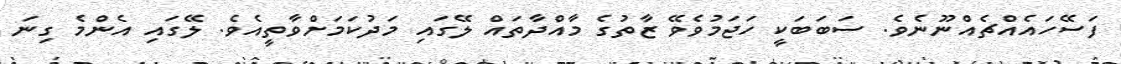
ފަސޭހައެއްޗެއްނޫނެވެ. ސަބަބަކީ ހަޖަމުވެވޭ ޒާތުގެ މާއްދާތައް ލޭގައި މަދުކަމަށްވާތީއެވެ. ލޭގައި އެންމެ ގިނަ